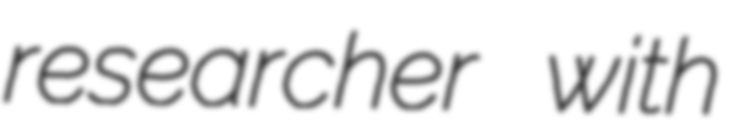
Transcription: researcher with